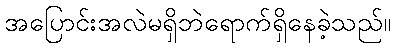
အပြောင်းအလဲမရှိဘဲရောက်ရှိနေခဲ့သည်။